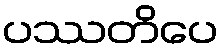
ပဿတိပေ